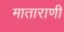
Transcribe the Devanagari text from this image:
माताराणी